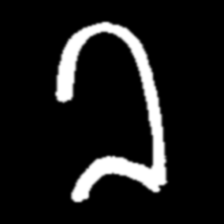
Pyu character \u2014 Myanmar letter: ခ (romanized: kha)